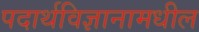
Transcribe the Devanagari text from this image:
पदार्थविज्ञानामधील